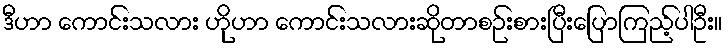
ဒီဟာ ကောင်းသလား ဟိုဟာ ကောင်းသလားဆိုတာစဉ်းစားပြီးပြောကြည့်ပါဦး။